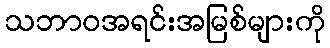
သဘာဝအရင်းအမြစ်များကို